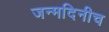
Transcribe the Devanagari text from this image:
जन्मदिनीच